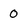
Character: 0